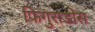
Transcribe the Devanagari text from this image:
फिगुराडोस